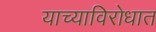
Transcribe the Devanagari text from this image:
याच्याविरोधात